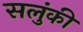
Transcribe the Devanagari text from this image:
सलुंकी